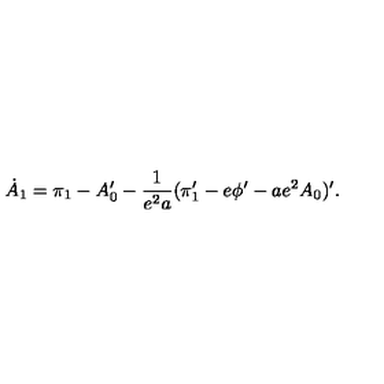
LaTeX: \dot { A } _ { 1 } = \pi _ { 1 } - A _ { 0 } ^ { \prime } - { \frac { 1 } { e ^ { 2 } a } } ( \pi _ { 1 } ^ { \prime } - e \phi ^ { \prime } - a e ^ { 2 } A _ { 0 } ) ^ { \prime } .